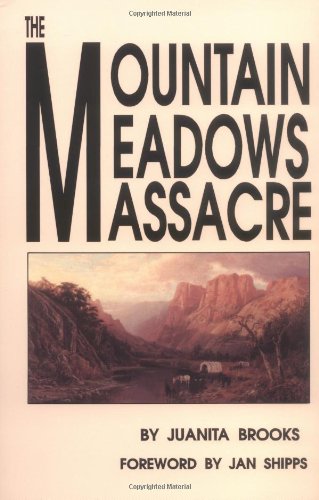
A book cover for The Mountain Meadows Massacre; Juanita Brooks; Christian Books & Bibles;